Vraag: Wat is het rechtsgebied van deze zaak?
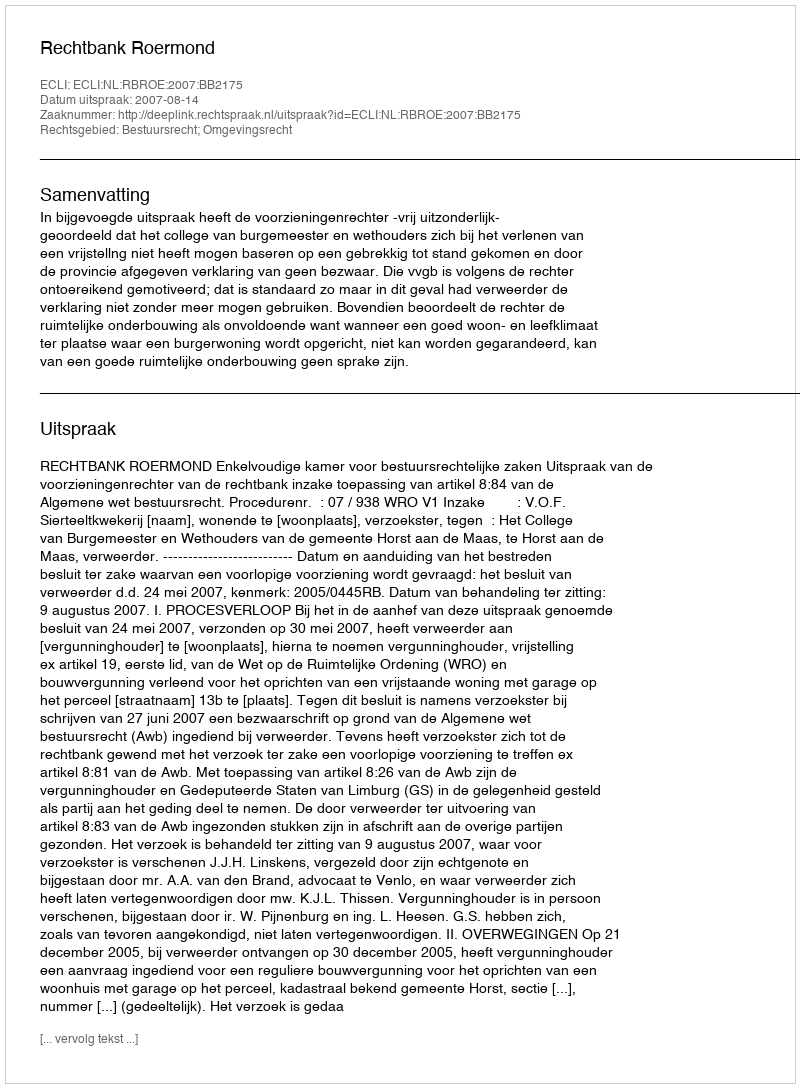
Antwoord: Bestuursrecht; Omgevingsrecht